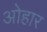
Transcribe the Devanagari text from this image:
ओहार